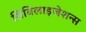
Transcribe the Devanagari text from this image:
सिविलाइजेशन्स